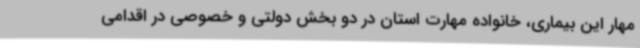
مهار این بیماری، خانواده مهارت استان در دو بخش دولتی و خصوصی در اقدامی